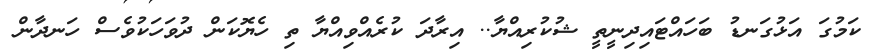
ކަމުގަ އަޅުގަނޑު ބަހައްޓައިދިނީތީ ޝުކުރިއްޔާ.. އިރާދަ ކުރެއްވިއްޔާ ތި ހެޔޮކަން ދުވަހަކުވެސް ހަނދާން